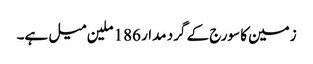
زمین کا سورج کے گرد مدار 186 ملین میل ہے۔